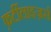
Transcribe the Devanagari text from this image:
फ़र्टीलाइज़र्स